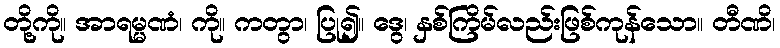
တို့ကို။ အာရမ္မဏံ၊ ကို။ ကတွာ၊ ပြု၍။ ဒွေ၊ နှစ်ကြိမ်လည်းဖြစ်ကုန်သော။ တီဏိ၊